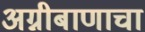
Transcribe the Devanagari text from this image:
अग्नीबाणाचा